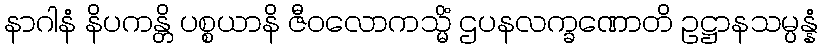
နာဂါနံ နိပကန္တိ ပစ္စယာနိ ဇီဝလောကသ္မိံ ဌပနလက္ခဏောတိ ဥဋ္ဌာနသမ္ပန္နံ